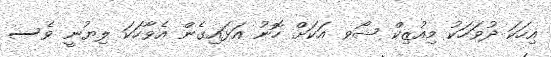
އިހަކަ ދުވަހަކު މިއުޒިކް ޝޯވ އަކަށް ހޮނު އަޅައިގެން އެވާހަކަ ލިޔުނީ ވެސ